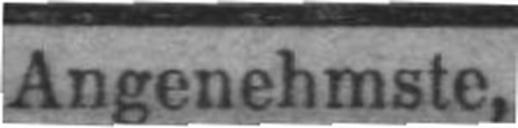
Angenehmste,